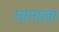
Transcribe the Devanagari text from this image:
घानाला